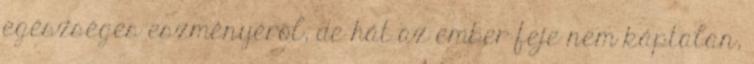
egészséges eszményéről, de hát az ember feje nem káptalan,